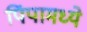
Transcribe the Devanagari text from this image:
पिंपामध्ये